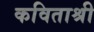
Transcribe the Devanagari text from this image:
कविताश्री